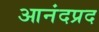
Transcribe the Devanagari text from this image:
आनंदप्रद